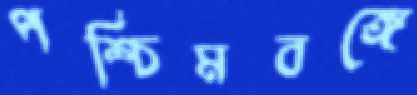
পশ্চিমবঙ্গে